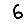
Digit: 6